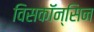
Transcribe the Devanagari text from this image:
विसकॉन्सिन